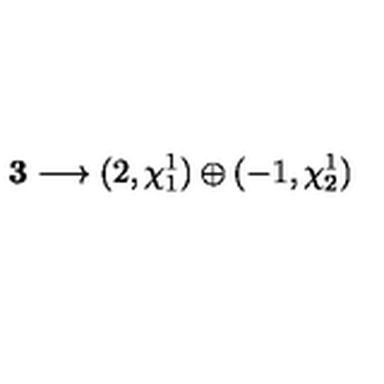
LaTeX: { \bf 3 } \longrightarrow ( 2 , \chi _ { 1 } ^ { 1 } ) \oplus ( - 1 , \chi _ { 2 } ^ { 1 } )